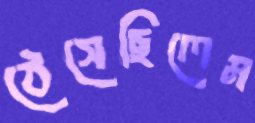
ঠেসেছিলেম